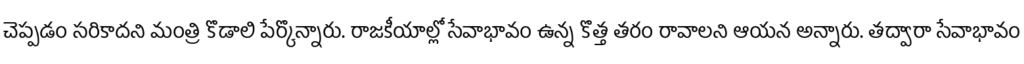
చెప్పడం సరికాదని మంత్రి కొడాలి పేర్కొన్నారు. రాజకీయాల్లో సేవాభావం ఉన్న కొత్త తరం రావాలని ఆయన అన్నారు. తద్వారా సేవాభావం